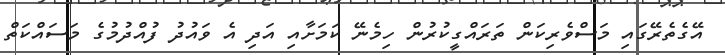
އޭގެތެރޭގައި މަސްވެރިކަން ތަރައްގީކުރުން ހިމެނޭ ކަމަށާއި އަދި އެ ވައުދު ފުއްދުމުގެ މަސައްކަތް